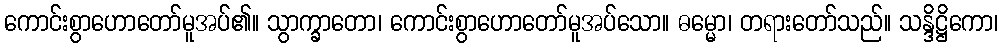
ကောင်းစွာဟောတော်မူအပ်၏။ သွာက္ခာတော၊ ကောင်းစွာဟောတော်မူအပ်သော။ ဓမ္မော၊ တရားတော်သည်။ သန္ဒိဋ္ဌိကော၊